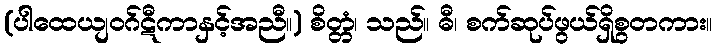
(ပါထေယျဝဂ်ဋီကာနှင့်အညီ။) စိတ္တံ၊ သည်။ ဓီ၊ စက်ဆုပ်ဖွယ်ရှိစွတကား။